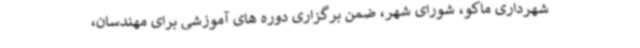
شهرداری ماکو، شورای شهر، ضمن برگزاری دوره های آموزشی برای مهندسان،